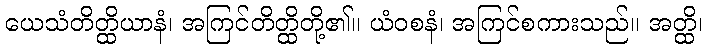
ယေသံတိတ္ထိယာနံ၊ အကြင်တိတ္ထိတို့၏။ ယံဝစနံ၊ အကြင်စကားသည်။ အတ္ထိ၊